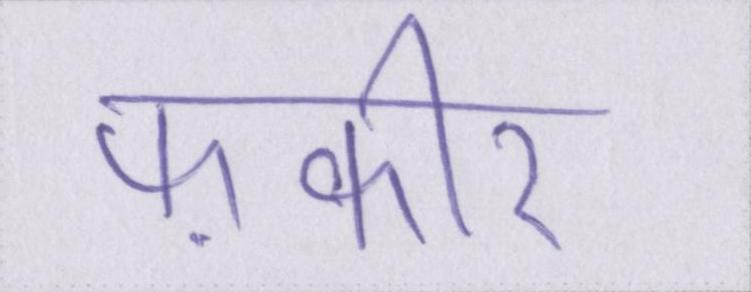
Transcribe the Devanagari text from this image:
फ़कीर